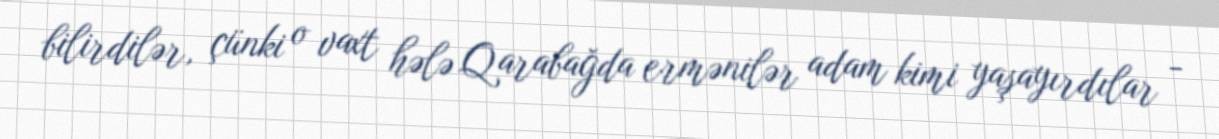
bilirdilər, çünki o vaxt hələ Qarabağda ermənilər adam kimi yaşayırdılar -